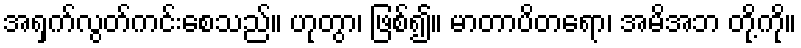
အရှက်လွတ်ကင်းစေသည်။ ဟုတွာ၊ ဖြစ်၍။ မာတာပိတရော၊ အမိအဘ တို့ကို။